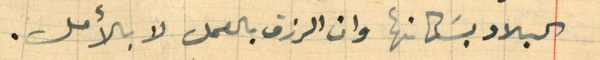
البلاد بسَكانها وان الرزق بالعمل لا بالأمل.